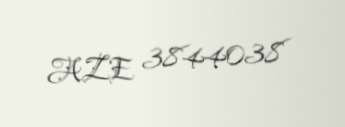
AZE 3844038